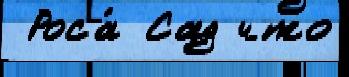
 Роса́ Сад что